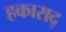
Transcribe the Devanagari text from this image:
हकाराद्